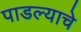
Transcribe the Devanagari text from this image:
पाडल्याचे